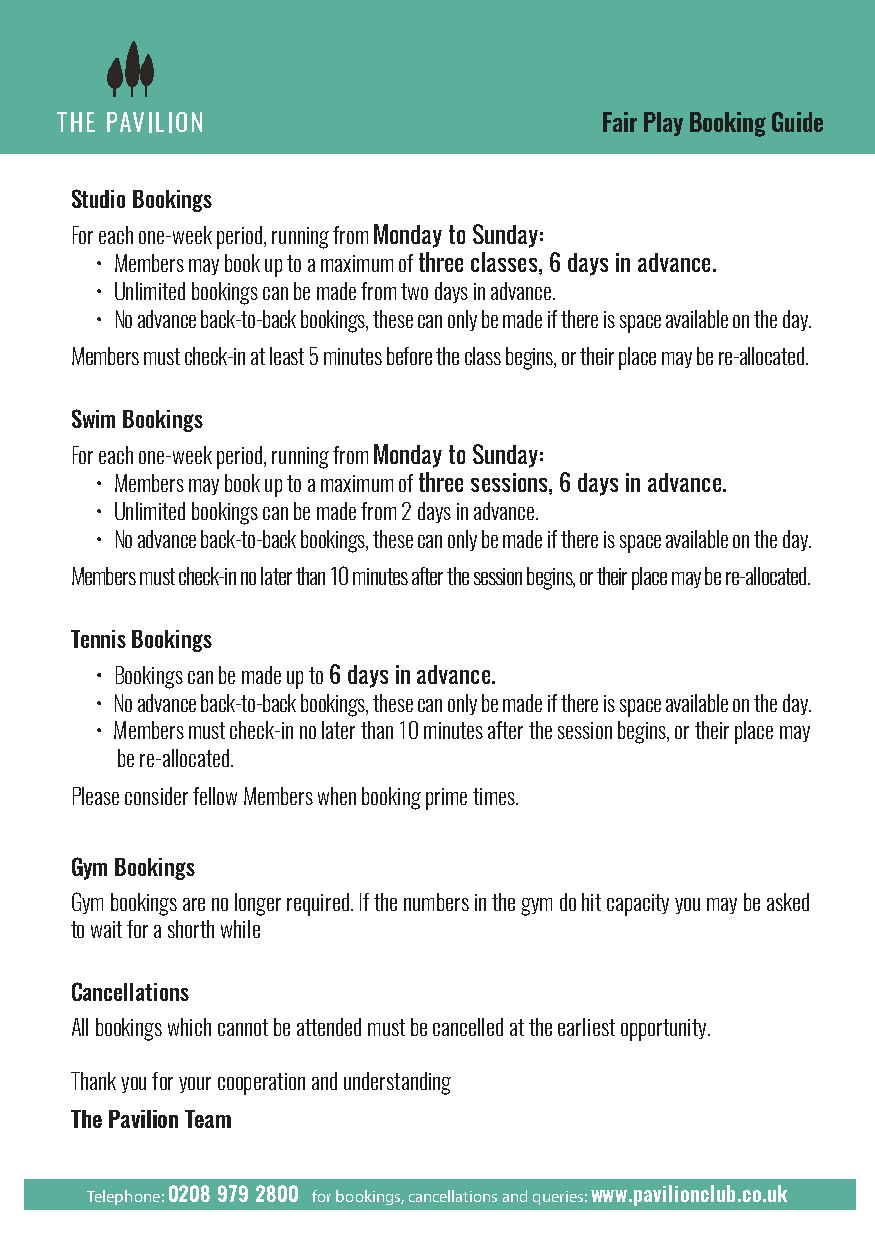
Fair Play Booking Guide
 Studio Bookings
 For each one-week period, running from Monday to Sunday:
 • Members may book up to a maximum of three classes, 6 days in advance.
 • Unlimited bookings can be made from two days in advance.
 • No advance back-to-back bookings, these can only be made if there is space available on the day.
 Members must check-in at least 5 minutes before the class begins, or their place may be re-allocated.
 Swim Bookings
 For each one-week period, running from Monday to Sunday:
 • Members may book up to a maximum of three sessions, 6 days in advance.
 • Unlimited bookings can be made from 2 days in advance.
 • No advance back-to-back bookings, these can only be made if there is space available on the day.
 Members must check-in no later than 10 minutes after the session begins, or their place may be re-allocated.
 Tennis Bookings
 • Bookings can be made up to 6 days in advance.
 • No advance back-to-back bookings, these can only be made if there is space available on the day.
 • Members must check-in no later than 10 minutes after the session begins, or their place may
 be re-allocated.
 Please consider fellow Members when booking prime times.
 Gym Bookings
 Gym bookings are no longer required. If the numbers in the gym do hit capacity you may be asked
 to wait for a shorth while
 Cancellations
 All bookings which cannot be attended must be cancelled at the earliest opportunity.
 Thank you for your cooperation and understanding
 The Pavilion Team
 Telephone: 0208 979 2800 for bookings, cancellations and queries: www.pavilionclub.co.uk